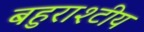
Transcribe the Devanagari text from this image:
बहुराश्टीय